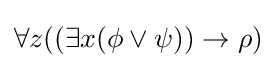
\forall z((\exists x(\phi \lor \psi ))\rightarrow \rho )